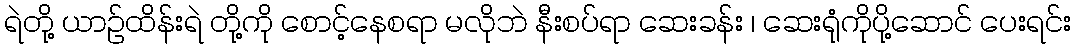
ရဲတို့ ယာဉ်ထိန်းရဲ တို့ကို စောင့်နေစရာ မလိုဘဲ နီးစပ်ရာ ဆေးခန်း ၊ ဆေးရုံကိုပို့ဆောင် ပေးရင်း